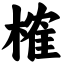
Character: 榷